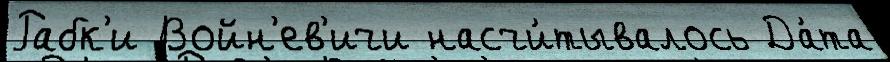
Рабк'и Войн'ев'ичи насчи́тывалось Да́та